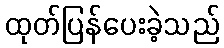
ထုတ်ပြန်ပေးခဲ့သည်